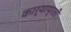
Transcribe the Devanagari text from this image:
कार्याप्रती